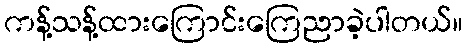
ကန့်သန့်ထားကြောင်းကြေညာခဲ့ပါတယ်။